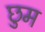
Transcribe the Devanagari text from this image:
छुम